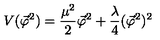
V ( \vec { \varphi } ^ { 2 } ) = \frac { \mu ^ { 2 } } { 2 } \vec { \varphi } ^ { 2 } + \frac { \lambda } { 4 } ( \vec { \varphi } ^ { 2 } ) ^ { 2 }